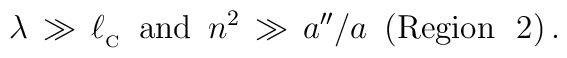
\lambda \, \gg \, \ell _{_{\rm C}} \,\,\, {\rm{and}} \,\,\, n^2 \, \gg \, a''/a \,\,\, ({\rm{Region \ \ 2}}) \, .